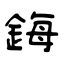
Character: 鋂